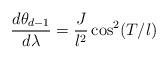
LaTeX: \begin{align*}\frac{d\theta_{d-1}}{d\lambda}=\frac{J}{l^2}\cos^2(T/l)\end{align*}